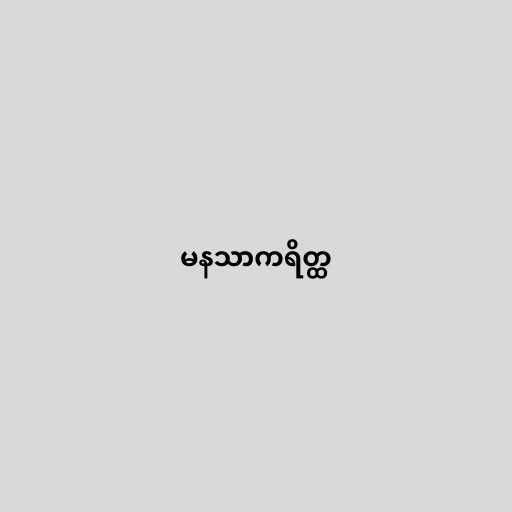
မနသာကရိတ္ထ